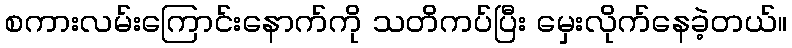
စကားလမ်းကြောင်းနောက်ကို သတိကပ်ပြီး မှေးလိုက်နေခဲ့တယ်။